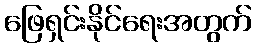
ဖြေရှင်းနိုင်ရေးအတွက်